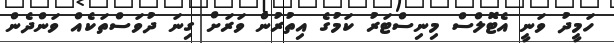
ހަމީދު ވަނީ އެޓޮލްސް މިނިސްޓަރު ކަމުގެ އިތުރުން ވަރަށް ގިނަ ދުވަސްތަކެއް ވަންދެން